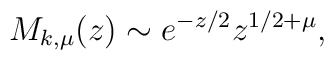
M_{k,\mu }(z)\sim e^{-z/2}z^{1/2+\mu },